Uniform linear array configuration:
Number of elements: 16
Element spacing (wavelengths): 0.75
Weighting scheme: kaiser
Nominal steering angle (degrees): -45
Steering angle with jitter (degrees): -43.294
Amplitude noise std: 0.05
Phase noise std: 0.05

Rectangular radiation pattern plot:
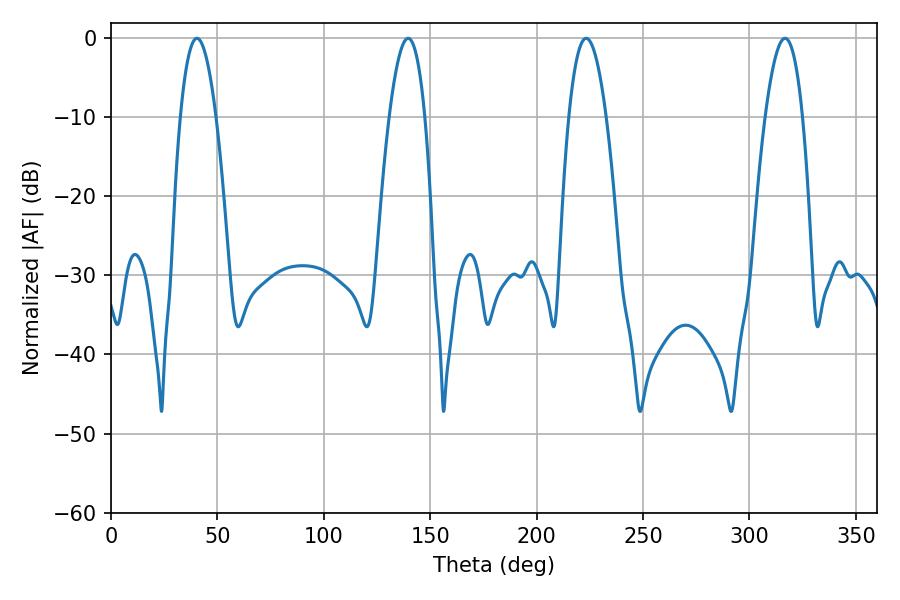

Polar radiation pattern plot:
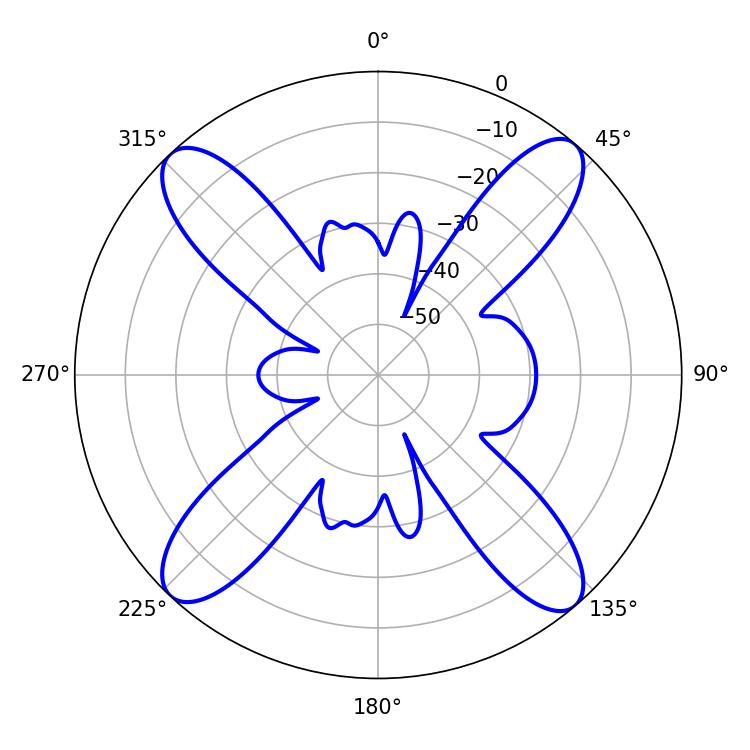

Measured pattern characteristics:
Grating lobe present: TRUE
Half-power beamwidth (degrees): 9.18
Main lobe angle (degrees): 40.32